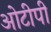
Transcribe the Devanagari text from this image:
ओटीपी